画像に写った文字を読んでください
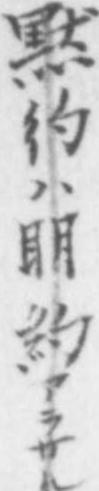
「黙彴ハ眀約アラサル」と書いてあります